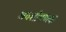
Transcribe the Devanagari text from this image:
अवशोषणक